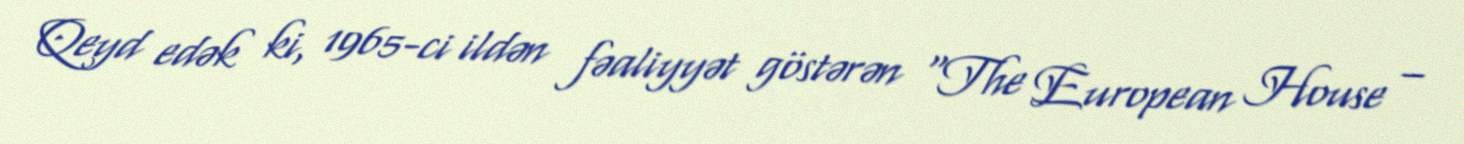
Qeyd edək ki, 1965-ci ildən fəaliyyət göstərən “The European House –